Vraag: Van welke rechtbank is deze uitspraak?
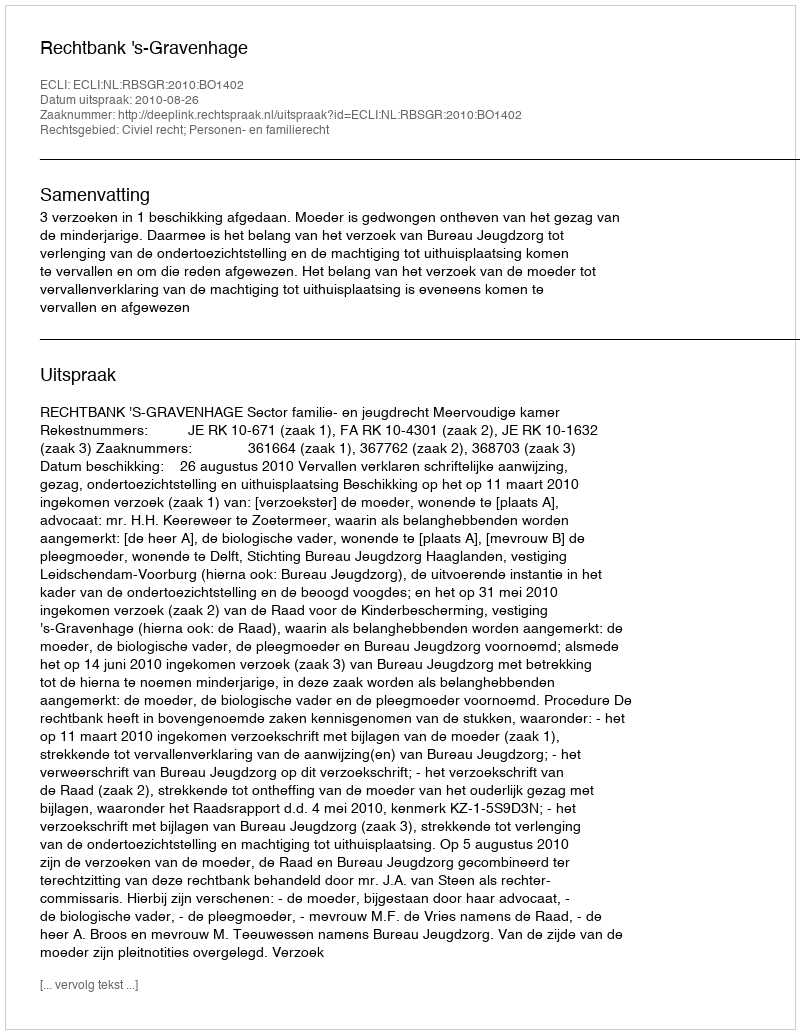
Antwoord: Rechtbank 's-Gravenhage